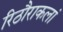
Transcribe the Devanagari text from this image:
रिठौराकलां